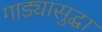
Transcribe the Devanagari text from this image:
गाड्यासुद्धा